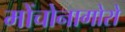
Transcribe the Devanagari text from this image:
मोंचोनागोरो